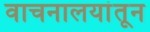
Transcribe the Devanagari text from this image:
वाचनालयांतून